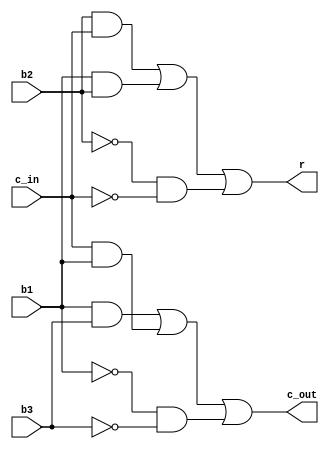
module one_bit_adder (
    input b1, b2, b3, c_in, output r, c_out 
);  

    assign r = (b2&c_in) | (b1&b2) | (~b2&~c_in);
    assign c_out = (b1&b3) | (c_in&b1) | (~b1&~b3);
    
endmodule

module eight_bit_adder (
    input wire [7:0] a, b, c,
    input c_in,
    output wire [7:0] r, output wire c_out
);

    wire [7:0] carry;
    one_bit_adder adder0 (a[0], b[0], c[0], c_in, r[0], carry[0]);
    one_bit_adder adder1 (a[1], b[1], c[1], carry[0], r[1], carry[1]);
    one_bit_adder adder2 (a[2], b[2], c[2], carry[1], r[2], carry[2]);
    one_bit_adder adder3 (a[3], b[3], c[3], carry[2], r[3], carry[3]);
    one_bit_adder adder4 (a[4], b[4], c[4], carry[3], r[4], carry[4]);
    one_bit_adder adder5 (a[5], b[5], c[5], carry[4], r[5], carry[5]);
    one_bit_adder adder6 (a[6], b[6], c[6], carry[5], r[6], carry[6]);
    one_bit_adder adder7 (a[7], b[7], c[7], carry[6], r[7], carry[7]);
    assign c_out = carry[7];
    
endmodule

module calc(A, B, C, op, res, C_out);  

    input [7:0] A, B, C;
    input [1:0] op;
    output [7:0] res;
    output C_out;

    reg [7:0] Ac, Bc, Cc;
    reg c_in;

    always @(A or B or C) begin
        if (op == 2'b00) begin
            Ac = A;
            Bc = B;
            Cc = C;
            c_in = 0;
        end else if (op == 2'b01) begin
            Ac = ~A + 1;
            Bc = B;
            Cc = C;
            c_in = 0;
        end else if (op == 2'b10) begin
            Ac = A;
            Bc = ~B + 1;
            Cc = C;
            c_in = 0;
        end else if (op == 2'b11) begin
            Ac = A;
            Bc = B;
            Cc = ~C + 1;
            c_in = 0;
        end


    end

    eight_bit_adder sp_adder (Ac, Bc, Cc, 1'b0, res, C_out);

endmodule

module tb;
    reg [7:0] A, B, C;
    reg [1:0] op;
    wire [7:0] R;
    wire c_out;

    calc mycalc(A, B, C, op, R, c_out);

    initial begin
        A = 0;
        B = 0;
        C = 0;
        op = 0;
    

        $monitor("A = %b, B = %b, C = %b, op=%b, R = %b, Carry = %b", A, B, C, op, R, c_out);

        repeat(10) begin
            A = $random;
            B = $random;
            C = $random;
            op = $random;

            #15;
        end

    end

endmodule